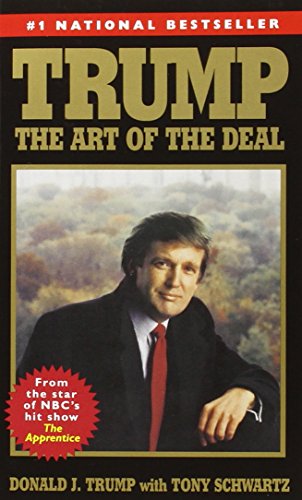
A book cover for Trump: The Art of the Deal; Donald J. Trump; Self-Help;